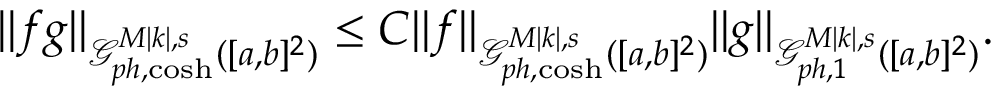
\begin{array} { r } { \| f g \| _ { \mathcal { G } _ { p h , \cosh } ^ { M | k | , s } ( [ a , b ] ^ { 2 } ) } \leq C \| f \| _ { \mathcal { G } _ { p h , \cosh } ^ { M | k | , s } ( [ a , b ] ^ { 2 } ) } \| g \| _ { \mathcal { G } _ { p h , 1 } ^ { M | k | , s } ( [ a , b ] ^ { 2 } ) } . } \end{array}